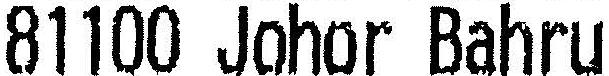
81100 JOHOR BAHRU